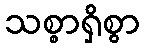
သစ္စာရှိစွာ